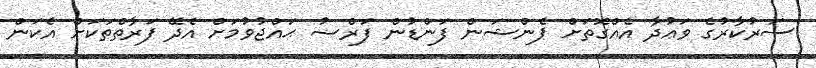
ސަރުކާރުގެ ވަޢުދާ އެއްގޮތަށް ޕެންޝަން ފަންޑުން ފަރްޟު ޙައްޖުވުމަށް އެދޭ ފަރާތްތަކަށް އެކަން